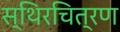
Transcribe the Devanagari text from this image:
स्थिरचित्रण